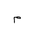
Letter: _mim